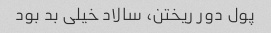
پول دور ریختن، سالاد خیلی بد بود